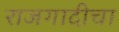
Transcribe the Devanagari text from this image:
राजगादीचा